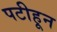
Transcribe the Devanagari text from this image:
पटीहून